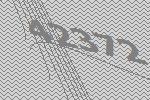
42372